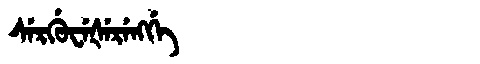
Manchu: ᠰᡝᡵᡤᡠᠸᡝᡧᡝᡵᡝᠩᡤᡝ
Romanization: SERGUWEŠERENGGE